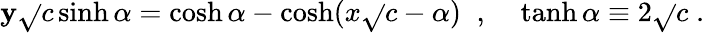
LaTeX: \mathbf{y}\sqrt{}{{c}}\sinh\alpha=\cosh\alpha-\cosh(x\sqrt{}{{c}}-\alpha)\; \; ,\; \; \; \; \operatorname{tanh}\alpha\equiv2\sqrt{}{{c}}\; .